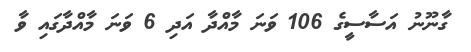
ގާނޫނު އަސާސީގެ 106 ވަނަ މާއްދާ އަދި 6 ވަނަ މާއްދާގައި ވާ